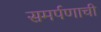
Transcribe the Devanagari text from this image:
समर्पणाची